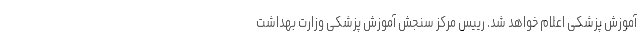
آموزش پزشکی اعلام خواهد شد. رییس مرکز سنجش آموزش پزشکی وزارت بهداشت